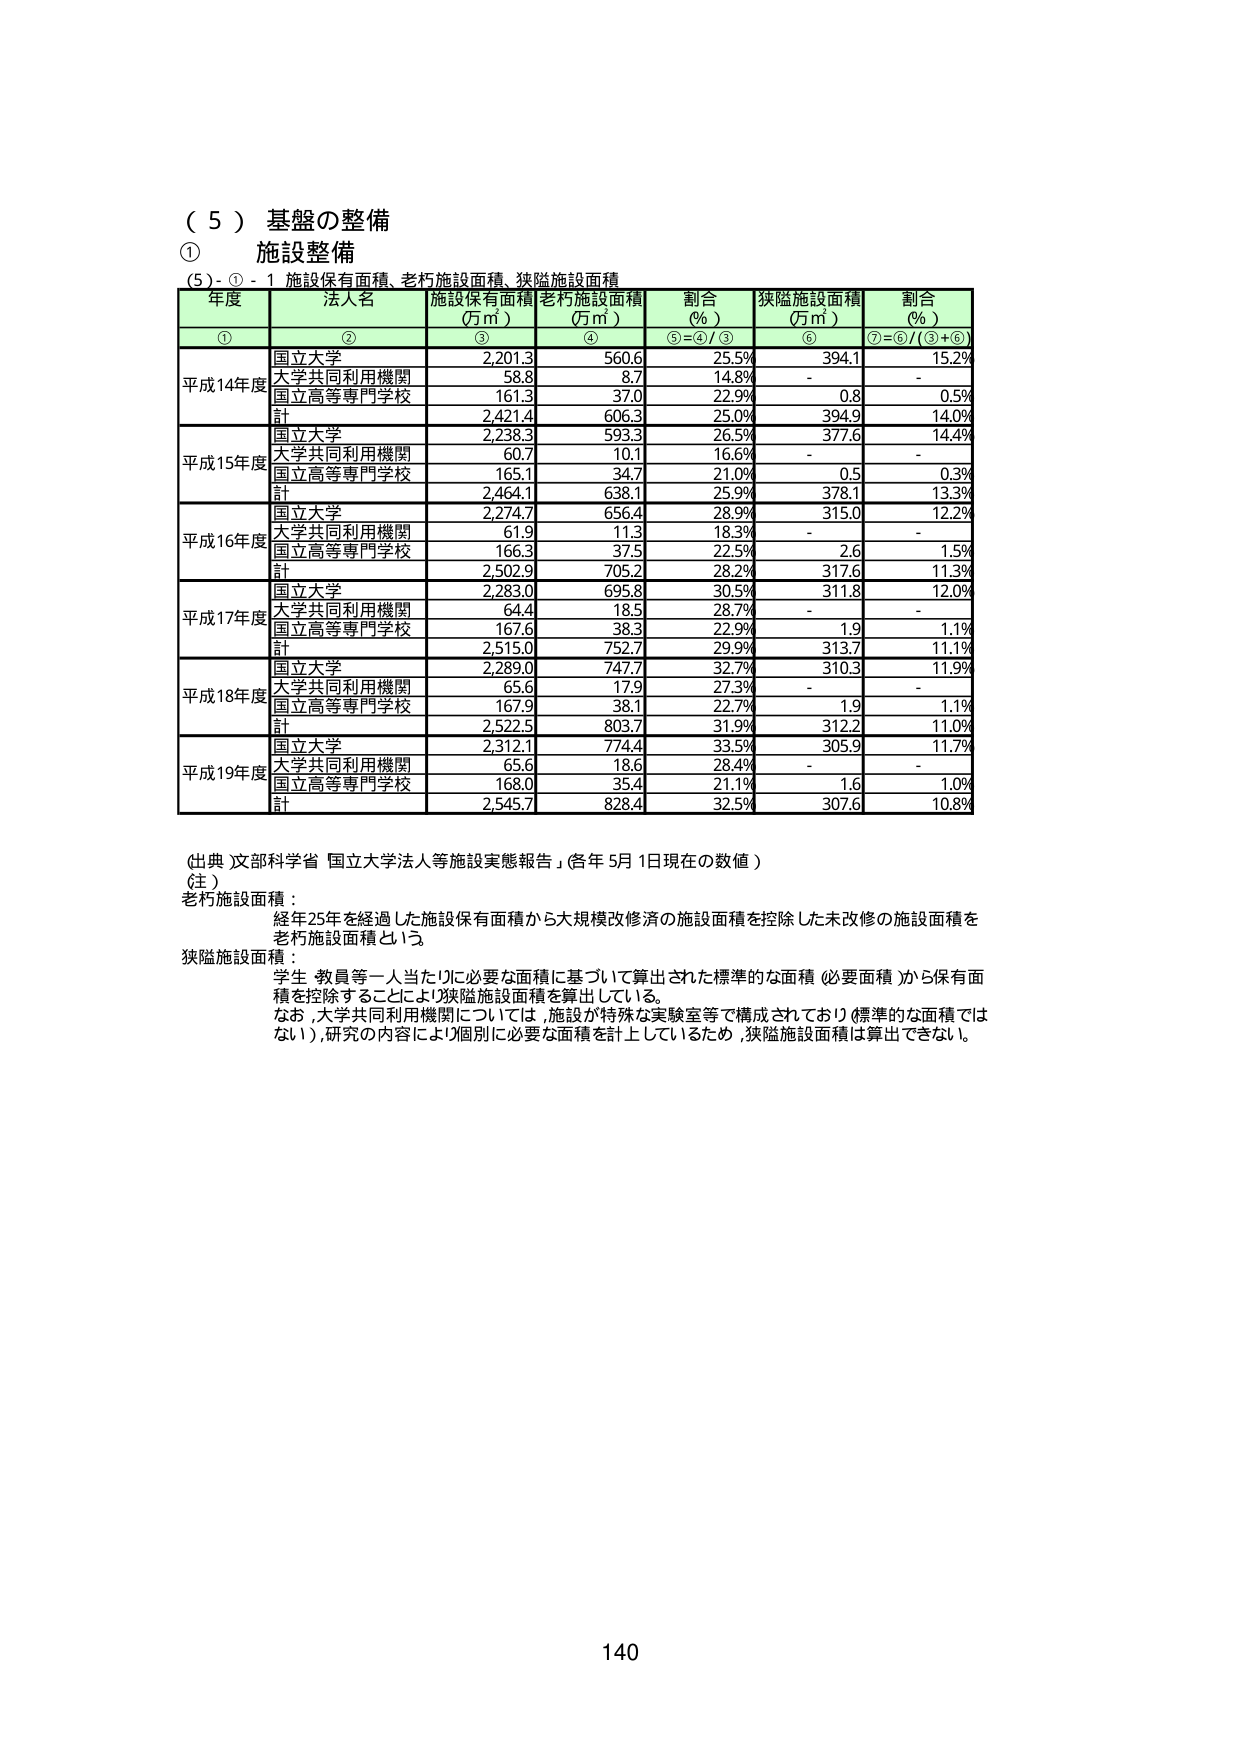
（５）基盤の整備
① 施設整備
（5）-①-1 施設保有面積、老朽施設面積、狭隘施設面積

年度 法人名 施設保有面積（万㎡） 老朽施設面積（万㎡） 割合（％） 狭隘施設面積（万㎡） 割合（％）
① ② ③ ④ ⑤=④/③ ⑥ ⑦=⑥/(③+⑥)

平成14年度
国立大学 2,201.3 560.6 25.5% 394.1 15.2%
大学共同利用機関 58.8 8.7 14.8% - -
国立高等専門学校 161.3 37.0 22.9% 0.8 0.5%
計 2,421.4 606.3 25.0% 394.9 14.0%

平成15年度
国立大学 2,238.3 593.3 26.5% 377.6 14.4%
大学共同利用機関 60.7 10.1 16.6% - -
国立高等専門学校 165.1 34.7 21.0% 0.5 0.3%
計 2,464.1 638.1 25.9% 378.1 13.3%

平成16年度
国立大学 2,274.7 656.4 28.9% 315.0 12.2%
大学共同利用機関 61.9 11.3 18.3% - -
国立高等専門学校 166.3 37.5 22.5% 2.6 1.5%
計 2,502.9 705.2 28.2% 317.6 11.3%

平成17年度
国立大学 2,283.0 695.8 30.5% 311.8 12.0%
大学共同利用機関 64.4 18.5 28.7% - -
国立高等専門学校 167.6 38.3 22.9% 1.9 1.1%
計 2,515.0 752.7 29.9% 313.7 11.1%

平成18年度
国立大学 2,289.0 747.7 32.7% 310.3 11.9%
大学共同利用機関 65.6 17.9 27.3% - -
国立高等専門学校 167.9 38.1 22.7% 1.9 1.1%
計 2,522.5 803.7 31.9% 312.2 11.0%

平成19年度
国立大学 2,312.1 774.4 33.5% 305.9 11.7%
大学共同利用機関 65.6 18.6 28.4% - -
国立高等専門学校 168.0 35.4 21.1% 1.6 1.0%
計 2,545.7 828.4 32.5% 307.6 10.8%

（出典）文部科学省「国立大学法人等施設実態報告」（各年5月1日現在の数値）
（注）
老朽施設面積：
経年25年を経過した施設保有面積から大規模改修済の施設面積を控除した未改修の施設面積を老朽施設面積という。
狭隘施設面積：
学生・教員等一人当たりに必要な面積に基づいて算出された標準的な面積（必要面積）から保有面積を控除することにより狭隘施設面積を算出している。
なお、大学共同利用機関については、施設が特殊な実験室等で構成されており（標準的な面積ではない）、研究の内容により個別に必要な面積を計上しているため、狭隘施設面積は算出できない。

140